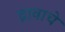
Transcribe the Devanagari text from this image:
द्रावाचे